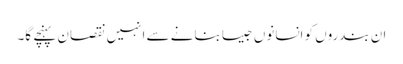
ان بندروں کو انسانوں جیسا بنانے سے انہیں نقصان پہنچے گا۔